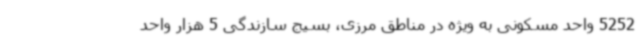
5252 واحد مسکونی به ویژه در مناطق مرزی، بسیج سازندگی 5 هزار واحد